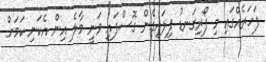
ފަހަރެއްގައި މި ފޯރިގަނޑު ފިލައިގެން ގޮސްފައި ވަނީ މާލެ އިން އެކަނި ކަމަށް